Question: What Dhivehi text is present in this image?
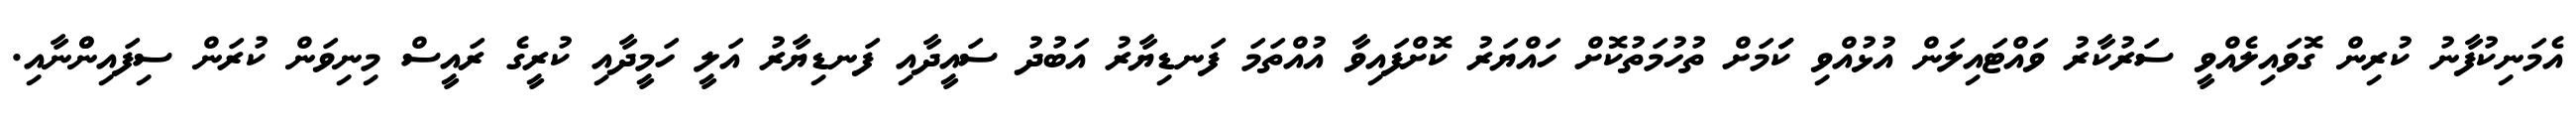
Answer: އެމަނިކުފާނު ކުރިން ގޮވައިލެއްވީ ސަރުކާރު ވައްޓައިލަން އުޅުއްވި ކަަަމަށް ތުހުމަތުކޮށް ހައްޔަރު ކޮށްފައިވާ އުއްތަމަ ފަނޑިޔާރު އަބުދު ސައީދާއި ފަނޑިޔާރު އަލީ ހަމީދާއި ކުރީގެ ރައީސް މިނިވަން ކުރަން ސިފައިންްނާއި.